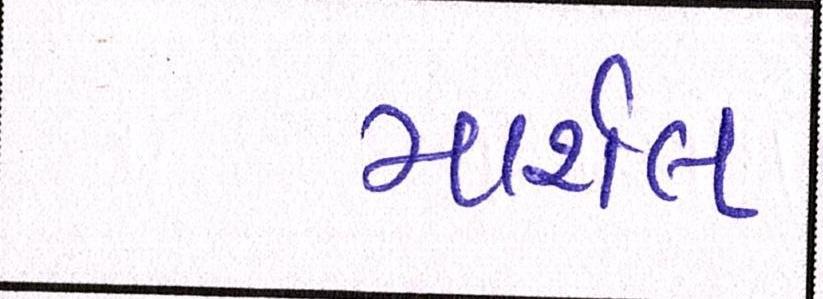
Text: માર્શલ